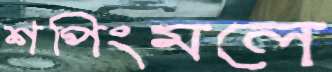
শপিংমলে